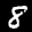
Label: 8